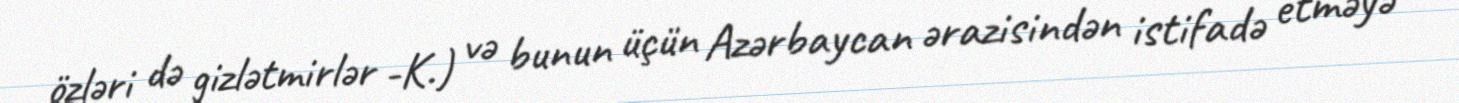
özləri də gizlətmirlər -K.) və bunun üçün Azərbaycan ərazisindən istifadə etməyə